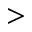
>